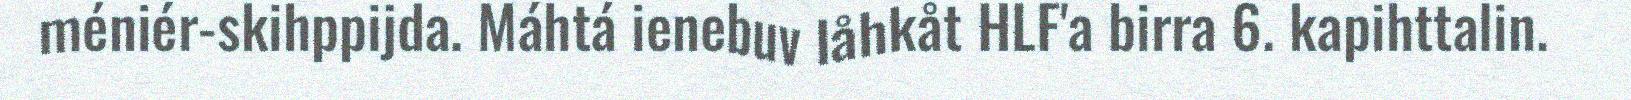
méniér-skihppijda. Máhtá ienebuv låhkåt HLF'a birra 6. kapihttalin.